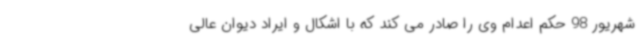
شهریور 98 حکم اعدام وی را صادر می کند که با اشکال و ایراد دیوان عالی